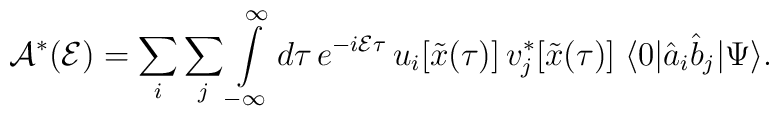
{\cal A}^*({\cal E})=\sum_{i}\sum_{j}\int\limits_{-\infty}^{\infty} d\tau\, e^{-i {\cal E}\tau}\, u_{i}[{\tilde x}(\tau)]\,  v_{j}^*[{\tilde x}(\tau)]\; \langle 0\vert {\hat a}_{i}{\hat b}_{j}\vert\Psi\rangle.